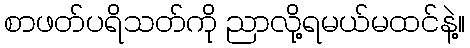
စာဖတ်ပရိသတ်ကို ညာလို့ရမယ်မထင်နဲ့။